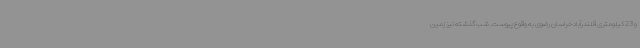
و 23 کیلومتری قلندرآباد خراسان رضوی به وقوع پیوست. شب گذشته نیز زمین